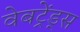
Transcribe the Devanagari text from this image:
वेबट्रेंड्स